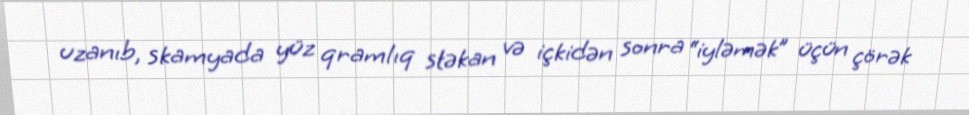
uzanıb, skamyada yüz qramlıq stəkan və içkidən sonra “iyləmək” üçün çörək